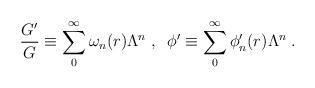
LaTeX: \begin{align*}\frac{G'}{G} \equiv \sum_0^{\infty} \omega_n (r) \Lambda^n \; , \; \;\phi' \equiv \sum_0^{\infty} \phi'_n (r) \Lambda^n \; .\end{align*}